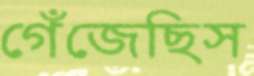
গেঁজেছিস